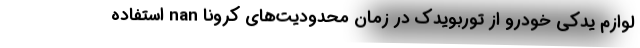
لوازم یدکی خودرو از توربویدک در زمان محدودیت‌های کرونا nan استفاده